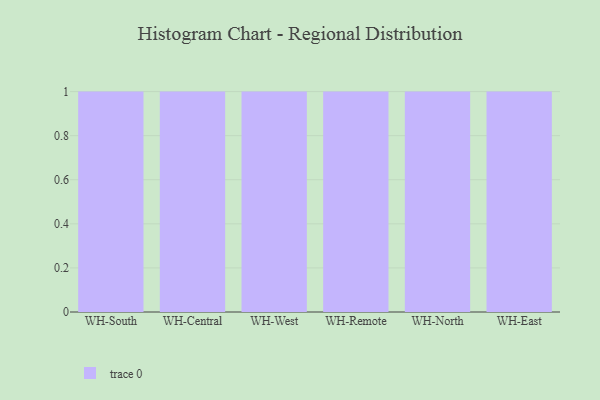
{"axis": {"x": "Warehouse", "y": "LTV (USD)"}, "legend": [""], "data": [{"x": "WH-South", "y": 15, "type": ""}, {"x": "WH-Central", "y": 12, "type": ""}, {"x": "WH-West", "y": 17, "type": ""}, {"x": "WH-Remote", "y": 54, "type": ""}, {"x": "WH-North", "y": 5, "type": ""}, {"x": "WH-East", "y": 45, "type": ""}]}